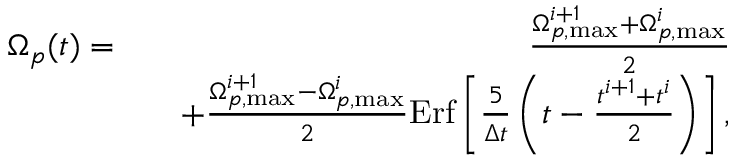
\begin{array} { r l r } { \Omega _ { p } ( t ) = } & { } & { \frac { \Omega _ { p , \mathrm { m a x } } ^ { i + 1 } + \Omega _ { p , \mathrm { m a x } } ^ { i } } { 2 } } \\ & { } & { + \frac { \Omega _ { p , \mathrm { m a x } } ^ { i + 1 } - \Omega _ { p , \mathrm { m a x } } ^ { i } } { 2 } \mathrm { E r f } \left[ \frac { 5 } { \Delta t } \left( t - \frac { t ^ { i + 1 } + t ^ { i } } { 2 } \right) \right] , } \end{array}